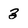
Character: 3